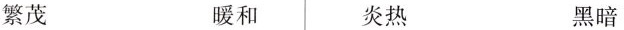
繁茂 暖和 炎热 黑暗